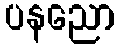
ပနညော